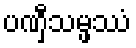
ပဏှီသမ္ဖဿံ